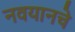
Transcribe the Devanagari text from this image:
नवयानचे